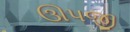
ઊપજી